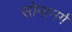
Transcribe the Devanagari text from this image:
सोनामर्ग